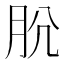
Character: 𰮋